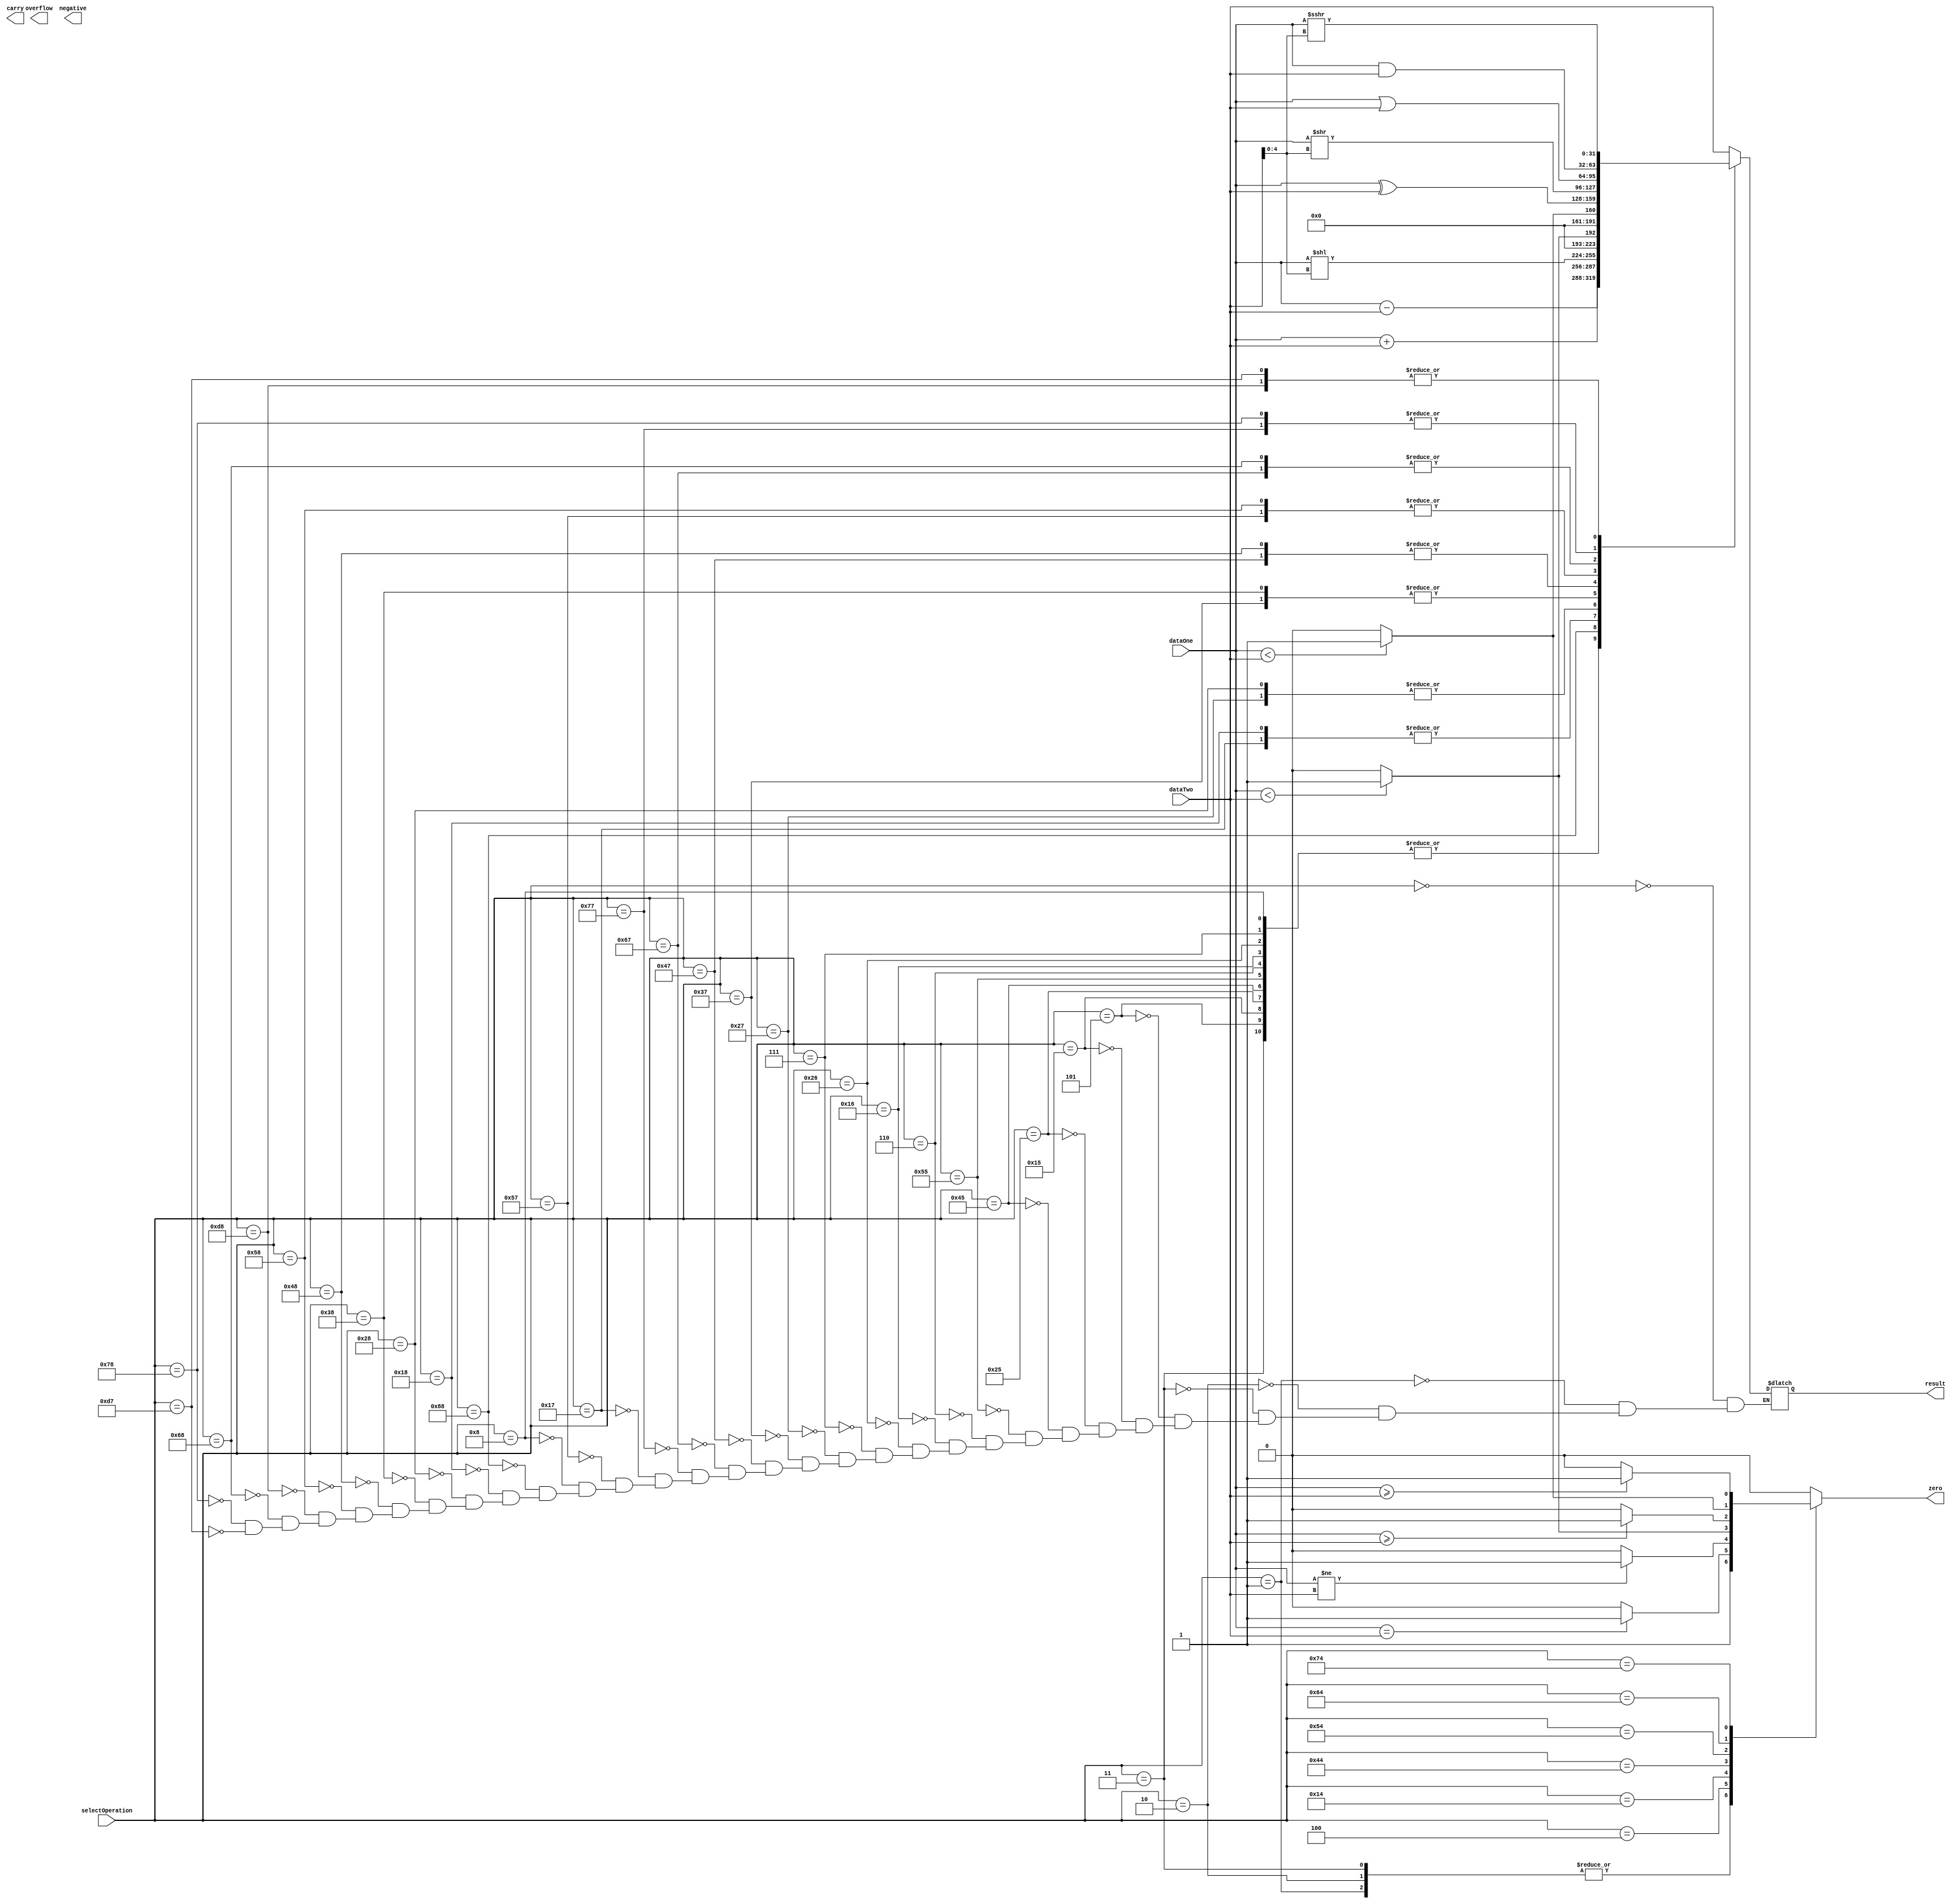
`timescale 1ns / 1ps

module ALU
    (
    input [7:0] selectOperation,                              // function select
    input [31:0] dataOne,                                     // data inputs
    input [31:0] dataTwo,   
    output reg [31:0] result,                                 // data output 
    output reg overflow, carry, negative, zero                // status outputs
    );
    
    // LUI
    localparam [7:0] LUI   = 8'b00000000;
    
    // AUIPC 
    localparam [7:0] AUIPC = 8'b00000001;
    
    // JAL
    localparam [7:0] JAL   = 8'b00000010;                       // 0000 + ALUOp by ALUControl    
    
    // JALR
    localparam [7:0] JALR  = 8'b00000011;
    
    // groupA
    localparam [7:0] BEQ   = 8'b00000100;
    localparam [7:0] BNE   = 8'b00010100;
    localparam [7:0] BLT   = 8'b01000100;
    localparam [7:0] BGE   = 8'b01010100;
    localparam [7:0] BLTU  = 8'b01100100;
    localparam [7:0] BGEU  = 8'b01110100;
    
    // groupB
    localparam [7:0] LB    = 8'b00000101;                       // 0 + funct3 + ALUOp by ALUControl
    localparam [7:0] LH    = 8'b00010101;
    localparam [7:0] LW    = 8'b00100101;
    localparam [7:0] LBU   = 8'b01000101;
    localparam [7:0] LHU   = 8'b01010101;
    
    // groupC
    localparam [7:0] SB    = 8'b00000110;
    localparam [7:0] SH    = 8'b00010110;
    localparam [7:0] SW    = 8'b00100110;  
    
    // groupD   
    localparam [7:0] ADDI  = 8'b00000111;                        // 0 + funct3 + ALUOp by ALUControl
    localparam [7:0] SLTI  = 8'b00100111;                        // 0 + funct3 + ALUOp by ALUControl
    localparam [7:0] SLTIU = 8'b00110111;                        // 0 + funct3 + ALUOp by ALUControl   
    localparam [7:0] XORI  = 8'b01000111;                        // 0 + funct3 + ALUOp by ALUControl   
    localparam [7:0] ORI   = 8'b01100111;                        // 0 + funct3 + ALUOp by ALUControl
    localparam [7:0] ANDI  = 8'b01110111;                        // 0 + funct3 + ALUOp by ALUControl
    
    localparam [7:0] SLLI  = 8'b00010111;                        // 0 + funct3 + ALUOp by ALUControl
    
    localparam [7:0] SRLI  = 8'b01010111;                        // bit30 + funct3 + ALUOp by ALUControl   
    localparam [7:0] SRAI  = 8'b11010111;                        // bit30 + funct3 + ALUOp by ALUControl
    
    // groupE
    localparam [7:0] ADD  = 8'b00001000;                         // bit30 + func3 + ALUOp by ALUControl
    localparam [7:0] SUB  = 8'b10001000;
    localparam [7:0] SLL  = 8'b00011000;
    localparam [7:0] SLT  = 8'b00101000;
    localparam [7:0] SLTU = 8'b00111000;
    localparam [7:0] XOR  = 8'b01001000;
    localparam [7:0] SRL  = 8'b01011000;
    localparam [7:0] SRA  = 8'b11011000;
    localparam [7:0] OR   = 8'b01101000;
    localparam [7:0] AND  = 8'b01111000;
    
    always@(*)
        begin
        zero = 0;
        case(selectOperation)
            
            LUI:
                begin
                result = dataTwo;
                end
            
            AUIPC:
                begin
                zero = 1;
                result = dataTwo;
                end
                 
            JAL:
                begin
                zero = 1;
                result = dataTwo;
                end
            
            JALR:
                begin
                zero = 1;
                result = dataOne + dataTwo;
                end
            
            //groupA
            BEQ:
                begin
                if(dataOne == dataTwo)
                    begin
                    zero = 1;
                    end
                else
                    begin
                    zero = 0;
                    end
                end
            BNE:
                begin
                if(dataOne != dataTwo)
                    begin
                    zero = 1;
                    end
                else
                    begin
                    zero = 0;
                    end     
                end
            BLT:
                begin
                if($signed(dataOne) < $signed(dataTwo))
                    begin
                    zero = 1;
                    end
                else
                    begin
                    zero = 0; 
                    end         
                end
            BGE:
                begin
                if($signed(dataOne) >= $signed(dataTwo))
                    begin
                    zero = 1;
                    end
                else
                    begin
                    zero = 0;
                    end     
                end
            BLTU:
                begin
                if(dataOne < dataTwo)
                    begin
                    zero = 1;
                    end
                else
                    begin
                    zero = 0; 
                    end 
                end
            BGEU:
                begin
                if(dataOne >= dataTwo)
                    begin
                    zero = 1;
                    end
                else
                    begin
                    zero = 0; 
                    end    
                end
            
            //groupB
            LB:
                begin
                result = dataOne + dataTwo;
                end
            LH:
                begin
                result = dataOne + dataTwo;
                end
            LW:
                begin
                result = dataOne + dataTwo;
                end
            LBU:
                begin
                result = dataOne + dataTwo;
                end
            LHU:
                begin
                result = dataOne + dataTwo;
                end
            
            //groupC 
            SB:
                begin
                result = dataOne + dataTwo;
                end
            SH:
                begin
                result = dataOne + dataTwo;
                end
            SW:
                begin
                result = dataOne + dataTwo;
                end
            
            // groupD
            ADDI:
                begin
                result = dataOne + dataTwo;
                end
            SLTI:
                begin
                if($signed(dataOne) < $signed(dataTwo))
                    begin
                    result = 1;
                    end
                else
                    begin
                    result = 0;
                    end
                end 
            SLTIU:
                begin
                if(dataOne < dataTwo)
                    begin
                    result = 1;
                    end
                else
                    begin
                    result = 0;
                    end
                end  
            XORI:   
                begin
                result = dataOne ^ dataTwo;
                end
            ORI:
                begin
                result = dataOne | dataTwo;
                end   
            ANDI:
                begin
                result = dataOne & dataTwo;
                end 
            SLLI:
                begin
                result = dataOne << dataTwo[4:0];
                end
            SRLI:
                begin
                result = dataOne >> dataTwo[4:0];
                end 
            
            // groupE
            ADD:
                begin
                result = dataOne + dataTwo;
                end
            SUB:
                begin
                result = dataOne - dataTwo;
                end
            SLL:
                begin
                result = dataOne << dataTwo[4:0];
                end
            SLT:
                begin
                if($signed(dataOne) < $signed(dataTwo))
                    begin
                    result = 1;
                    end
                else
                    begin
                    result = 0;
                    end
                end
            SLTU:
                begin
                if(dataOne < dataTwo)
                    begin
                    result = 1;
                    end
                else
                    begin
                    result = 0;
                    end
                end
            XOR:    
                begin
                result = dataOne ^ dataTwo;
                end
            SRL:
                begin
                result = dataOne >> dataTwo[4:0];
                end
            
            // IMPORTANT: Verilog Arithmetic rigth shift operator only actually performs
            // an arithmetic shift if the first operand is signed. If the first operand
            // is unsigned, the operator actually performs a logical right shift.
            
            SRA:
                begin
                result = $signed(dataOne) >>> dataTwo[4:0];   // notice $signed(dataOne)
                end
            OR:
                begin
                result = dataOne | dataTwo;
                end
            AND: 
                begin
                result = dataOne & dataTwo;
                end
            
            // IMPORTANT: Verilog Arithmetic rigth shift operator only actually performs
            // an arithmetic shift if the first operand is signed. If the first operand
            // is unsigned, the operator actually performs a logical right shift.
            SRAI:
                begin
                result = $signed(dataOne) >>> dataTwo[4:0];   // notice $signed(dataOne)
                end 
        endcase
        end
endmodule